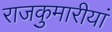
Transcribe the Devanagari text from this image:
राजकुमारीयां